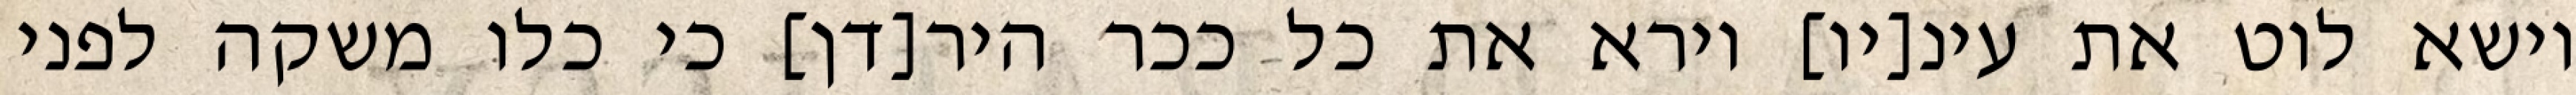
וישא לוט את עינ[יו] וירא את כל ככר היר[דן] כי כלו משקה לפני